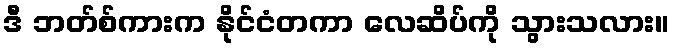
ဒီ ဘတ်စ်ကားက နိုင်ငံတကာ လေဆိပ်ကို သွားသလား။